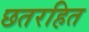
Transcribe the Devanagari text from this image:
छतरहित